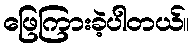
ဖြေကြားခဲ့ပါတယ်။